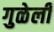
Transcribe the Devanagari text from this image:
गुळेली